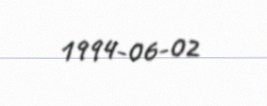
1994-06-02